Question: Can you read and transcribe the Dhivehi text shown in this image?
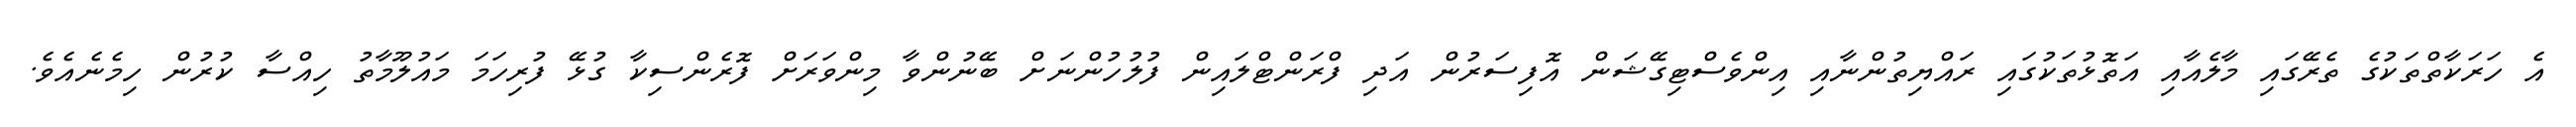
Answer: އެ ހަރަކާތްތަކުގެ ތެރޭގައި މާލެއާއި އަތޮޅުތަކުގައި ރައްޔިތުންނާއި އިންވެސްޓިގޭޝަން އޮފިސަރުން އަދި ފްރަންޓްލައިން ފުލުހުންނަށް ބޭނުންވާ މިންވަރަށް ފޮރެންސިކާ ގުޅޭ ފުރިހަމަ މައުލޫމާތު ހިއްސާ ކުރުން ހިމެނެއެވެ.